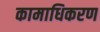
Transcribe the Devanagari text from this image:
कामाधिकरण